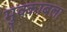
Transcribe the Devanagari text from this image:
मुक्काबला